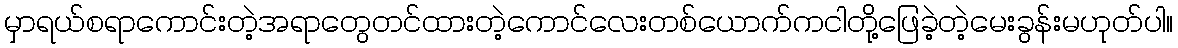
မှာရယ်စရာကောင်းတဲ့အရာတွေတင်ထားတဲ့ကောင်လေးတစ်ယောက်ကငါတို့ဖြေခဲ့တဲ့မေးခွန်းမဟုတ်ပါ။